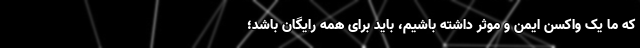
که ما یک واکسن ایمن و موثر داشته باشیم، باید برای همه رایگان باشد؛